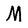
Character: M